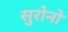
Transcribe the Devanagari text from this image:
सुरोनो